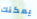
يمكنك